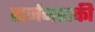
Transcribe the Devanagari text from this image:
सर्जनशक्ती